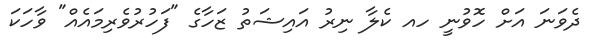
ދެވަނަ އަށް ހޮވުނީ ހއ ކެލާ ނިރު އައިޝަތު ޒަހާގެ "ފަހުރުވެރިމައެއް" ވާހަކަ